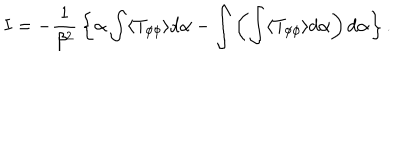
LaTeX: I = - { \frac { 1 } { \beta ^ { 2 } } } \left\{ { \alpha \int \langle T _ { \phi \phi } \rangle d \alpha } - { \int \left( \int \langle T _ { \phi \phi } \rangle d \alpha \right) d \alpha } \right\} .